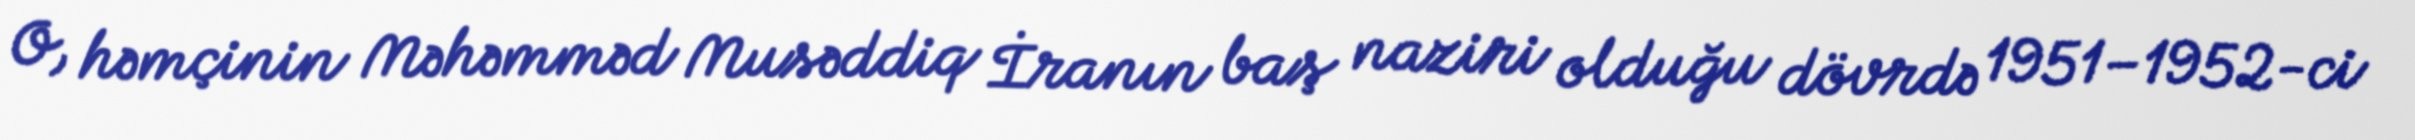
O, həmçinin Məhəmməd Musəddiq İranın baş naziri olduğu dövrdə 1951–1952-ci